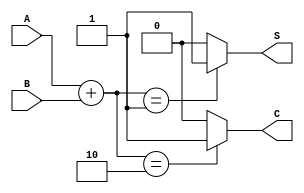
module Threshold_Half_Adder (
    input wire A,   // First binary input
    input wire B,   // Second binary input
    output wire S,  // Sum output
    output wire C   // Carry output
);

// Internal wire to hold the sum of inputs
wire [1:0] sum;

// Calculate the sum of inputs
assign sum = A + B;

// Threshold logic for Sum (S) and Carry (C)
assign S = (sum == 1) ? 1'b1 : 1'b0; // Sum is 1 if exactly one input is 1
assign C = (sum == 2) ? 1'b1 : 1'b0; // Carry is 1 if both inputs are 1

endmodule